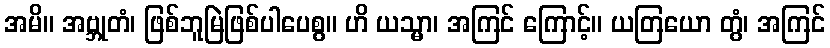
အမိ။ အဗ္ဘုတံ၊ ဖြစ်ဘူမြဲဖြစ်ပါပေစွ။ ဟိ ယသ္မာ၊ အကြင် ကြောင့်။ ယတြယော တွံ၊ အကြင်